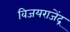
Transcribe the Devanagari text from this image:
विजयराजेंद्र